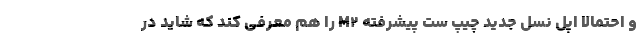
و احتمالا اپل نسل جدید چیپ ست پیشرفته M۲ را هم معرفی کند که شاید در